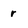
Character: r